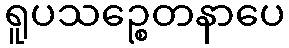
ရူပသဉ္စေတနာပေ